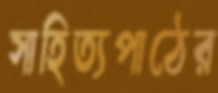
সাহিত্যপাঠের